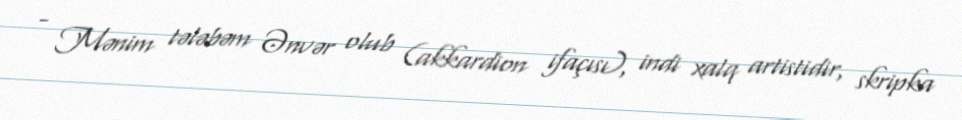
- Mənim tələbəm Ənvər olub (akkardion ifaçısı), indi xalq artistidir, skripka